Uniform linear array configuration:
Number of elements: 48
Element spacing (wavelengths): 0.75
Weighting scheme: exponential
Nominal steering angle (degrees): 0
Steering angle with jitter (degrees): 1.694
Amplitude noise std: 0.05
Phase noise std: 0.05

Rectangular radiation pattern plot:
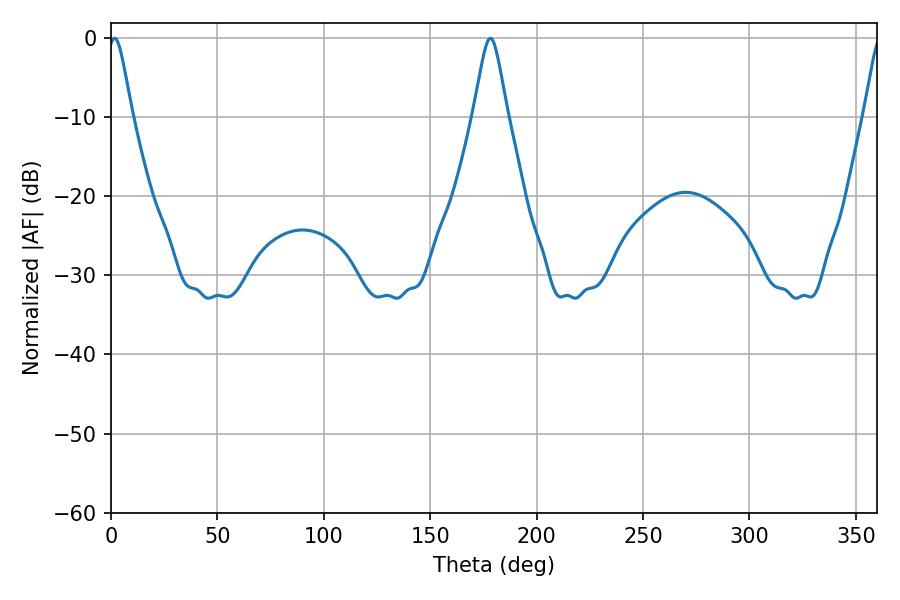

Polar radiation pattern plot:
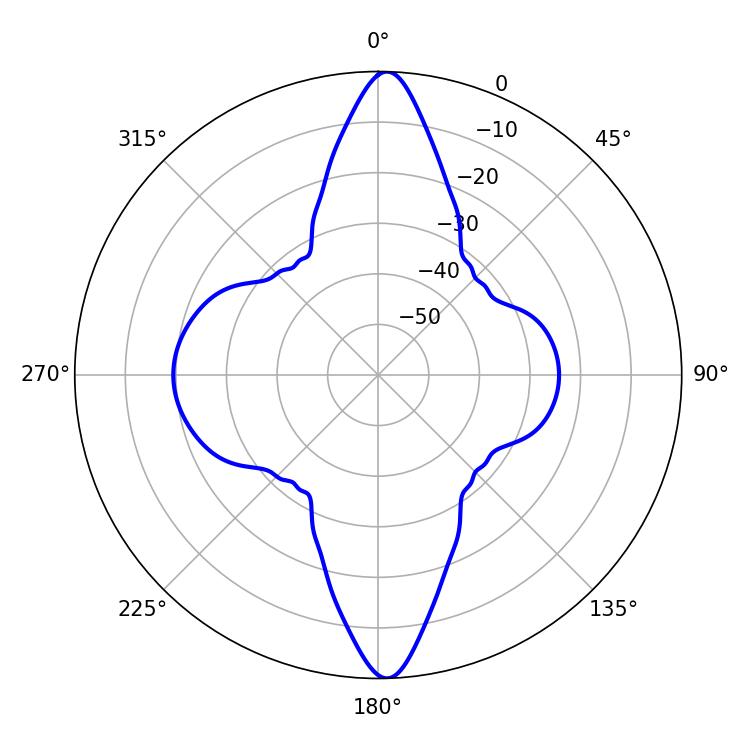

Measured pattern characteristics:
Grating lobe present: TRUE
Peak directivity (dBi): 25.834
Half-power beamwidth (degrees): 5.58
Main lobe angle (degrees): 1.8